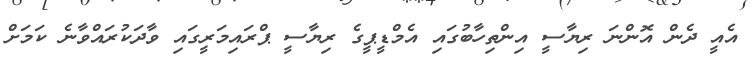
އެއީ ދެން އޮންނަ ރިޔާސީ އިންތިހާބުގައި އެމްޑީޕީގެ ރިޔާސީ ޕްރައިމަރީގައި ވާދަކުރައްވާނެ ކަމަށް